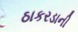
ઠાકરડાની